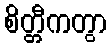
စိတ္တီကတွာ